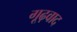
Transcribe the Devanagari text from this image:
गूढ़वाद